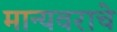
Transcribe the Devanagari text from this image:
मान्यवराचे